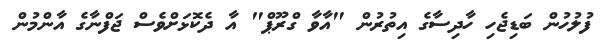
ފުލުހުން ބަޑިޖެހި ހާދިސާގެ އިތުރުން "އާވާ ގްރޫޕް" އާ ދެކޮޅަށްވެސް ޖަފްނާގެ އާންމުން